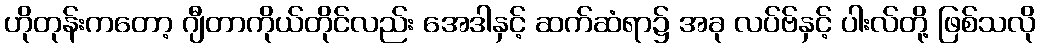
ဟိုတုန်းကတော့ ဂျီတာကိုယ်တိုင်လည်း အေဒါနှင့် ဆက်ဆံရာ၌ အခု လပ်ဗ်နှင့် ပါးလ်တို့ ဖြစ်သလို